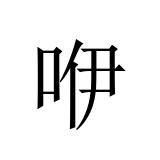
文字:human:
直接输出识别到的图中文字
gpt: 咿